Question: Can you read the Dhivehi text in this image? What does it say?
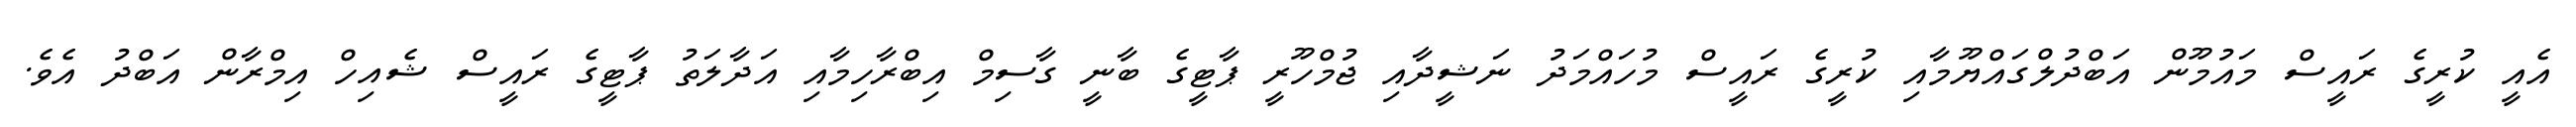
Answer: އެއީ ކުރީގެ ރައީސް މައުމޫން އަބްދުލްގައްޔޫމާއި ކުރީގެ ރައީސް މުހައްމަދު ނަޝީދާއި ޖުމްހޫރީ ޕާޓީގެ ބާނީ ގާސިމް އިބްރާހިމާއި އަދާލަތު ޕާޓީގެ ރައީސް ޝެއިހް އިމްރާން އަބްދު އެވެ.